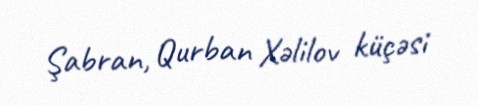
Şabran, Qurban Xəlilov küçəsi